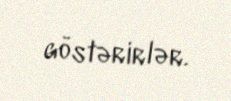
göstərirlər.